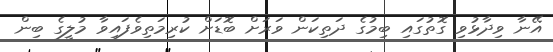
އޭނާ ވިދާޅުވި ގޮތުގައި ބިމުގެ ދަތިކަން ވަރަށް ބޮޑަށް ކުރިމަތިވެފައިވާ މުލީގެ ބިން